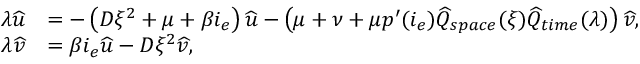
\begin{array} { r l } { \lambda \widehat { u } } & { = - \left( D \xi ^ { 2 } + \mu + \beta i _ { e } \right) \widehat { u } - \left( \mu + \nu + \mu p ^ { \prime } ( i _ { e } ) \widehat { Q } _ { s p a c e } ( \xi ) \widehat { Q } _ { t i m e } ( \lambda ) \right) \widehat { v } , } \\ { \lambda \widehat { v } } & { = \beta i _ { e } \widehat { u } - D \xi ^ { 2 } \widehat { v } , } \end{array}